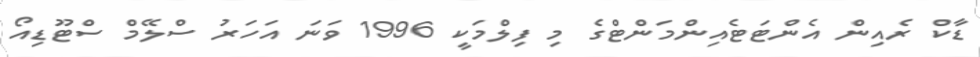
ޑާކް ރެއިން އެންޓަޓެއިންމަންޓްގެ މި ފިލްމަކީ 1996 ވަނަ އަހަރު ސްލޭމް ސްޓޫޑިއޯ